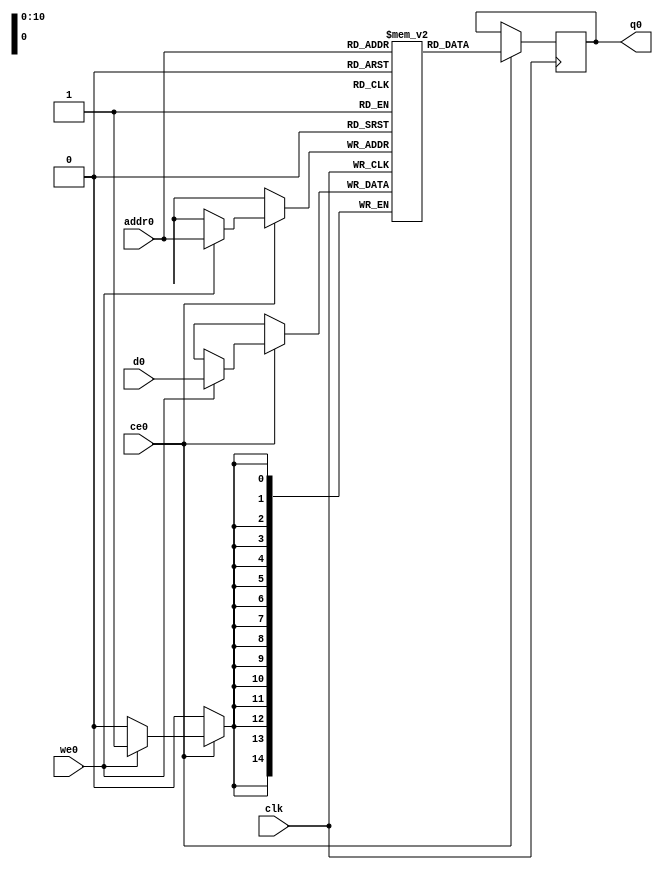
// ==============================================================
// Vitis HLS - High-Level Synthesis from C, C++ and OpenCL v2020.1 (64-bit)
// Copyright 1986-2020 Xilinx, Inc. All Rights Reserved.
// ==============================================================
`timescale 1 ns / 1 ps
module process_element_L4_output_fmap_V_ram (addr0, ce0, d0, we0, q0,  clk);

parameter DWIDTH = 15;
parameter AWIDTH = 11;
parameter MEM_SIZE = 1152;

input[AWIDTH-1:0] addr0;
input ce0;
input[DWIDTH-1:0] d0;
input we0;
output reg[DWIDTH-1:0] q0;
input clk;

(* ram_style = "block" *)reg [DWIDTH-1:0] ram[0:MEM_SIZE-1];




always @(posedge clk)  
begin 
    if (ce0) begin
        if (we0) 
            ram[addr0] <= d0; 
        q0 <= ram[addr0];
    end
end


endmodule

`timescale 1 ns / 1 ps
module process_element_L4_output_fmap_V(
    reset,
    clk,
    address0,
    ce0,
    we0,
    d0,
    q0);

parameter DataWidth = 32'd15;
parameter AddressRange = 32'd1152;
parameter AddressWidth = 32'd11;
input reset;
input clk;
input[AddressWidth - 1:0] address0;
input ce0;
input we0;
input[DataWidth - 1:0] d0;
output[DataWidth - 1:0] q0;



process_element_L4_output_fmap_V_ram process_element_L4_output_fmap_V_ram_U(
    .clk( clk ),
    .addr0( address0 ),
    .ce0( ce0 ),
    .we0( we0 ),
    .d0( d0 ),
    .q0( q0 ));

endmodule